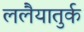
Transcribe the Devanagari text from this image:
ललैयातुर्क